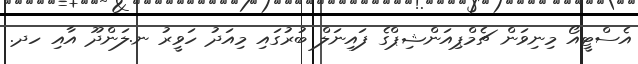
އެސްޓީއޯ މިނިވަން ޗެމްޕިއަންޝިޕްގެ ފައިނަލް ބުރުގައި މިއަދު ހަވީރު ނ.ލަންދޫ އާއި ހދ.